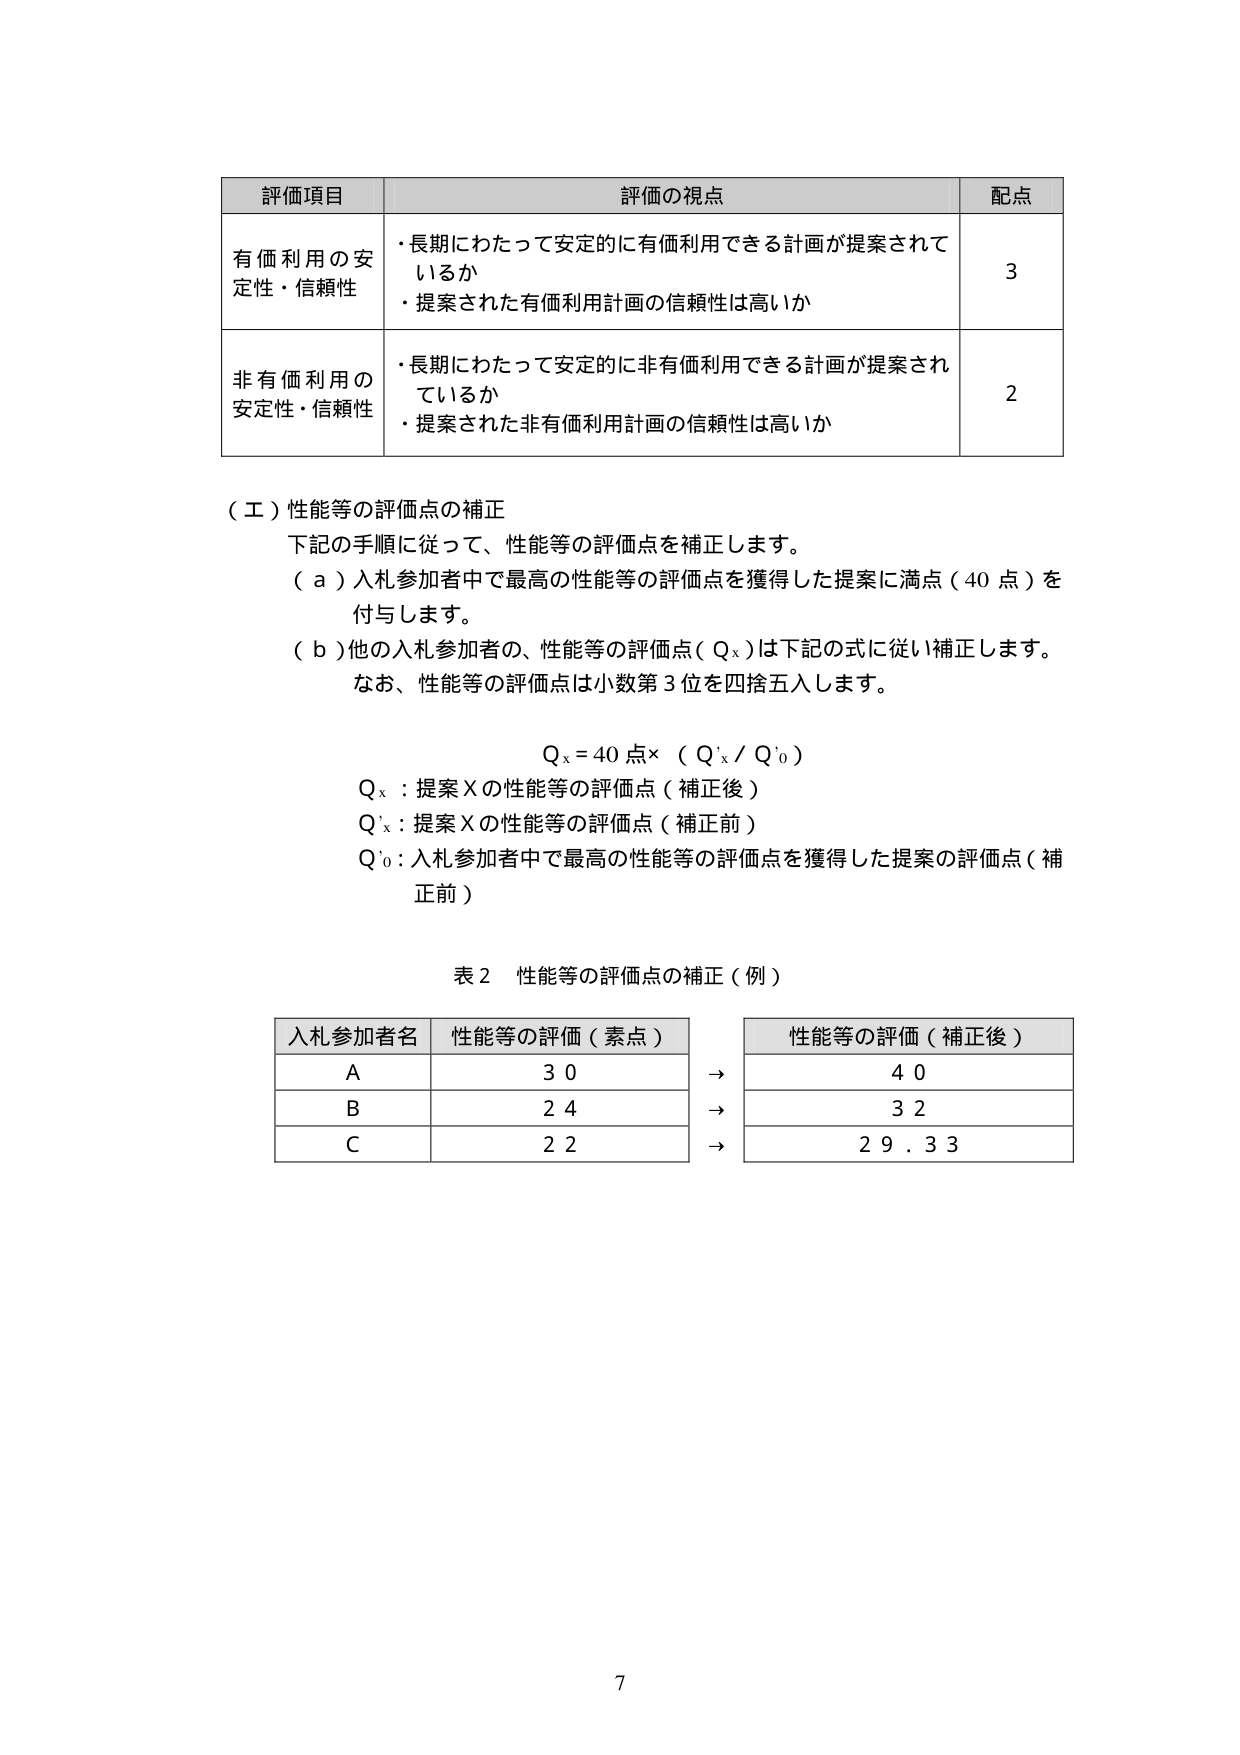
評価項目 評価の視点 配点
有価利用の安定性・信頼性 ・長期にわたって安定的に有価利用できる計画が提案されているか
・提案された有価利用計画の信頼性は高いか 3
非有価利用の安定性・信頼性 ・長期にわたって安定的に非有価利用できる計画が提案されているか
・提案された非有価利用計画の信頼性は高いか 2
（エ）性能等の評価点の補正
下記の手順に従って、性能等の評価点を補正します。
（ａ）入札参加者中で最高の性能等の評価点を獲得した提案に満点（40点）を付与します。
（ｂ）他の入札参加者の、性能等の評価点（Ｑx）は下記の式に従い補正します。
なお、性能等の評価点は小数第3位を四捨五入します。
Ｑx＝40点×（Ｑ'x／Ｑ'0）
Ｑx：提案Ｘの性能等の評価点（補正後）
Ｑ'x：提案Ｘの性能等の評価点（補正前）
Ｑ'0：入札参加者中で最高の性能等の評価点を獲得した提案の評価点（補正前）
表2 性能等の評価点の補正（例）
入札参加者名 性能等の評価（素点） 性能等の評価（補正後）
Ａ 30 → 40
Ｂ 24 → 32
Ｃ 22 → 29.33
7